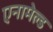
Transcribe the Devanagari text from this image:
एनामेल्ड